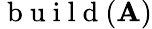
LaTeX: \mathrm{~b~u~i~l~d~}(\mathbf{A})